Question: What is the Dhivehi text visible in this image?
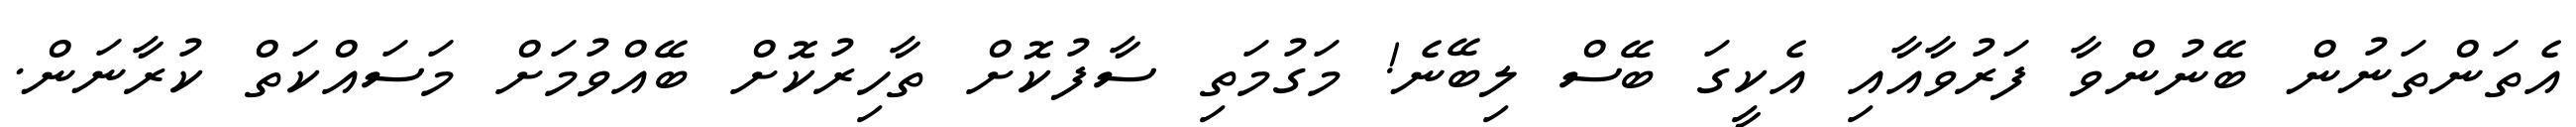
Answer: އެތަންތަނުން ބޭނުންވާ ފަރުވާއާއި އެކީގަ ބޭސް ލިބޭނެ! މަގުމަތި ސާފުކޮށް ތާހިރުކޮށް ބޭއްވުމަށް މަސައްކަތް ކުރާނަން.